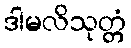
ဒါမလိသုတ္တံ